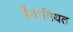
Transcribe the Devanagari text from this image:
हैवानियत